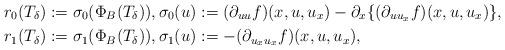
LaTeX: \begin{align*}& r_0(T_{\delta}):=\sigma_0(\Phi_B(T_{\delta})), \sigma_0(u):=(\partial_{uu} f)(x, u, u_x)-\partial_x\{(\partial_{u u_x} f)(x, u, u_x)\}, \\& r_1(T_{\delta}):=\sigma_1(\Phi_B(T_{\delta})), \sigma_1(u):=-(\partial_{u_x u_x} f) (x, u, u_x),\end{align*}